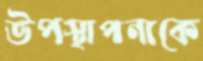
উপস্থাপনাকে